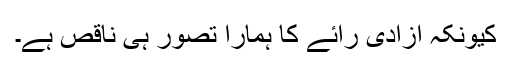
کیونکہ آزادی رائے کا ہمارا تصور ہی ناقص ہے۔